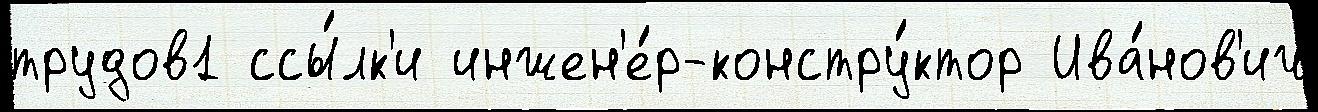
трудов1 ссы́лк'и инжен'е́р-констру́ктор Ива́нов'ич